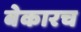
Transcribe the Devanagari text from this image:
बेकारच